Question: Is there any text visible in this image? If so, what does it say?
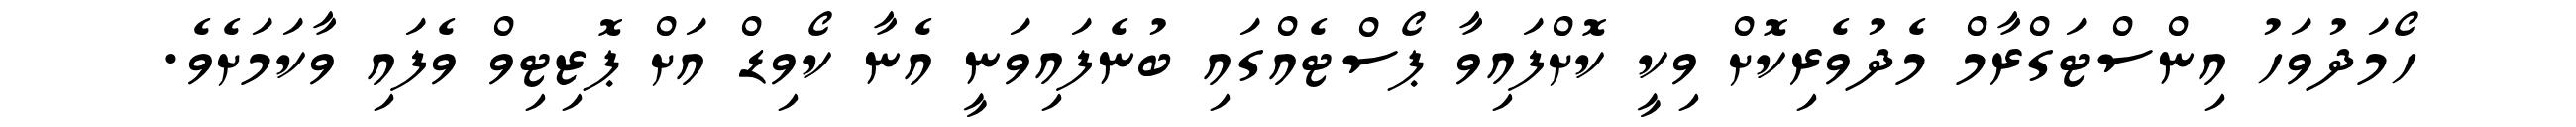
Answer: ހޯމަދުވަހު އިންސްޓަގްރާމް މެދުވެރިކޮށް ވިކީ ކޮށްފައިވާ ޕޯސްޓެއްގައި ބުނެފައިވަނީ އެނާ ކޯވިޑް އަށް ޕޮޒިޓިވް ވެފައި ވާކަމަށެވެ.